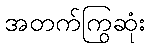
အတက်ကြွဆုံး